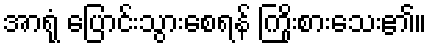
အာရုံ ပြောင်းသွားစေရန် ကြိုးစားသေး၏။